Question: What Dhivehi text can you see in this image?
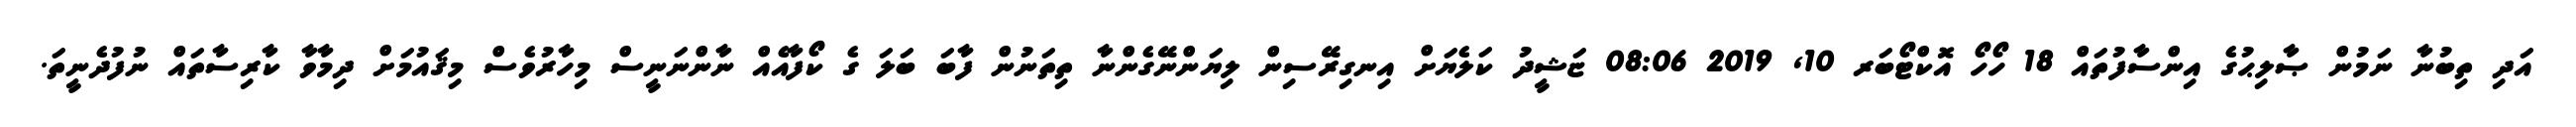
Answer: އަދި ތިބުނާ ނަމުން ޞާލިޙުގެ އިންސާފުތައް 18 ހޯހޯ އޮކްޓޯބަރ 10, 2019 08:06 ޏަޝީދު ކަލެޔަށް އިނގިރޭސިން ލިޔަންނޭގެންނާ ތިތަނުން ފާބަ ބަލަ ގެ ކޯފާއެއް ނާންނަނީސް މިހާރުވެސް މިޤައުމަށް ދިމާވާ ކާރިސާތައް ނުފުދެނީތަ.